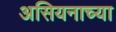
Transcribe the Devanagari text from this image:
असियनाच्या